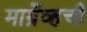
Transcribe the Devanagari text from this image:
मार्ग्रेव्हची